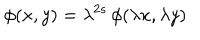
LaTeX: \phi ( x , y ) = \lambda ^ { 2 s } \, \phi ( \lambda x , \lambda y )